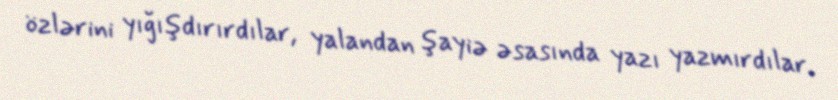
özlərini yığışdırırdılar, yalandan şayiə əsasında yazı yazmırdılar.